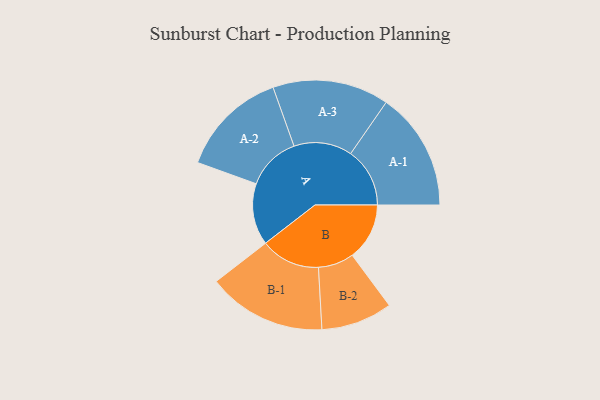
{"axis": {"x": "Segment", "y": "Value"}, "legend": ["", "A", "B"], "data": [{"x": "A", "y": 252, "type": ""}, {"x": "B", "y": 234, "type": ""}, {"x": "A-1", "y": 242, "type": "A"}, {"x": "A-2", "y": 221, "type": "A"}, {"x": "A-3", "y": 238, "type": "A"}, {"x": "B-1", "y": 243, "type": "B"}, {"x": "B-2", "y": 146, "type": "B"}]}